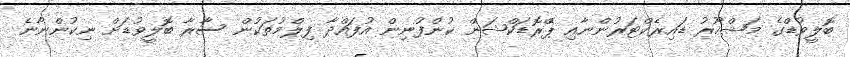
ބޮލީވުޑްގެ މަޝްހޫރު ޑައިރެކްޓަރުންނާއި ޕްެރޮޑަކްޝަން ކުންފުނިން އުފައްދާ ފިލްމުތަކުން ސާރާ ބޮލީވުޑަށް ނިކުންނާނެ